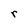
Character: r